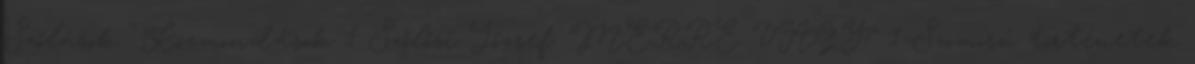
Szólások Közmondások 1 Szőlősi József: MERRE VAGY? 1 Szomorú történetek